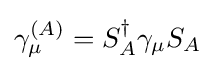
\gamma _{\mu }^{(A)}=S_{A}^{\dagger }\gamma _{\mu }S_{A}